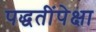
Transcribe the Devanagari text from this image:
पद्धतींपेक्षा